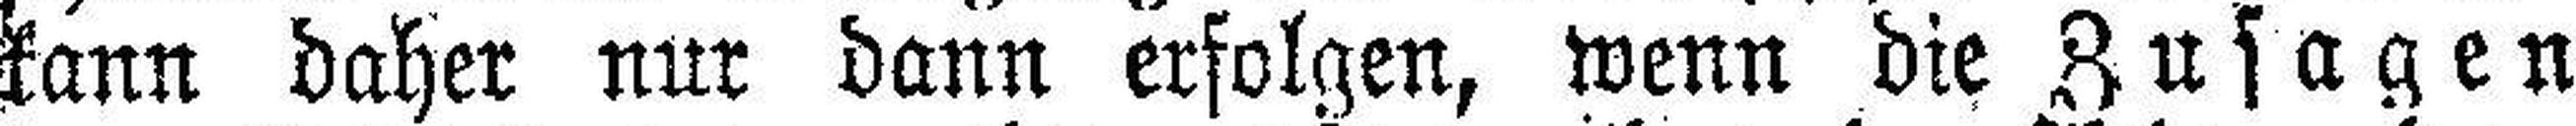
kann daher nur dann erfolgen, wenn die Zusagen